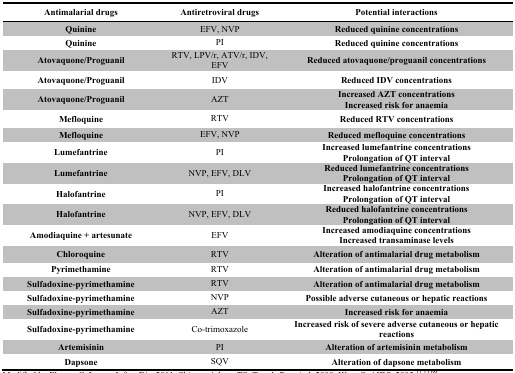
| Antimalarial drugs | Antiretroviral drugs | Potential interactions |
 | --- | --- | --- |
 | Quinine | EFV, NVP | Reduced quinine concentrations |
 | Quinine | PI | Reduced quinine concentrations |
 | Atovaquone/Proguanil | RTV, LPV/r, ATV/r, IDV, EFV | Reduced atovaquone/proguanil concentrations |
 | Atovaquone/Proguanil | IDV | Reduced IDV concentrations |
 | Atovaquone/Proguanil | AZT | Increased AZT concentrationsIncreased risk for anaemia |
 | Mefloquine | RTV | Reduced RTV concentrations |
 | Mefloquine | EFV, NVP | Reduced mefloquine concentrations |
 | Lumefantrine | PI | Increased lumefantrine concentrationsProlongation of QT interval |
 | Lumefantrine | NVP, EFV, DLV | Reduced lumefantrine concentrationsProlongation of QT interval |
 | Halofantrine | PI | Increased halofantrine concentrationsProlongation of QT interval |
 | Halofantrine | NVP, EFV, DLV | Reduced halofantrine concentrationsProlongation of QT interval |
 | Amodiaquine + artesunate | EFV | Increased amodiaquine concentrationsIncreased transaminase levels |
 | Chloroquine | RTV | Alteration of antimalarial drug metabolism |
 | Pyrimethamine | RTV | Alteration of antimalarial drug metabolism |
 | Sulfadoxine-pyrimethamine | RTV | Alteration of antimalarial drug metabolism |
 | Sulfadoxine-pyrimethamine | NVP | Possible adverse cutaneous or hepatic reactions |
 | Sulfadoxine-pyrimethamine | AZT | Increased risk for anaemia |
 | Sulfadoxine-pyrimethamine | Co-trimoxazole | Increased risk of severe adverse cutaneous or hepatic reactions |
 | Artemisinin | PI | Alteration of artemisinin metabolism |
 | Dapsone | SQV | Alteration of dapsone metabolism |